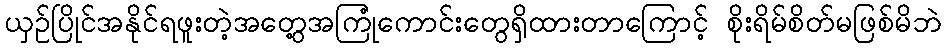
ယှဉ်ပြိုင်အနိုင်ရဖူးတဲ့အတွေ့အကြုံကောင်းတွေရှိထားတာကြောင့် စိုးရိမ်စိတ်မဖြစ်မိဘဲ